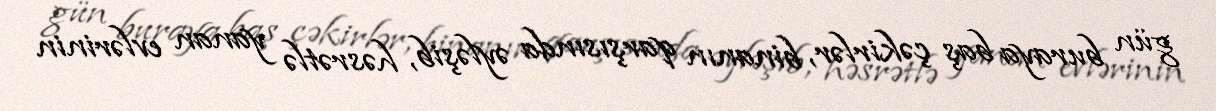
gün buraya baş çəkirlər, binanın qarşısında əyləşib, həsrətlə yanan evlərinin